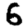
Digit: 6